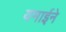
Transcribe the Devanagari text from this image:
यमाईने